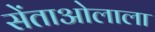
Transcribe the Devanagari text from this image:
सेंताओलाला